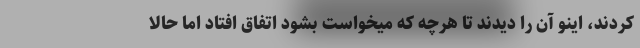
کردند، اینو آن را دیدند تا هرچه که میخواست بشود اتفاق افتاد اما حالا